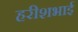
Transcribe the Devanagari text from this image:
हरीशभाई